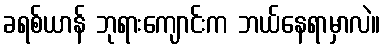
ခရစ်ယာန် ဘုရားကျောင်းက ဘယ်နေရာမှာလဲ။